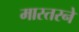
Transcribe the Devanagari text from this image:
मास्तरने